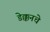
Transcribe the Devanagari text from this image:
डेक्कनचे